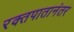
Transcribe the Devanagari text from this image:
रक्तपातानंतर